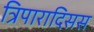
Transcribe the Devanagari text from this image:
त्रिपारादिसस